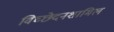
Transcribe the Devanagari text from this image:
विच्छेदनशामिल